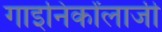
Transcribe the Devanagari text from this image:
गाइनिर्कांलाजी